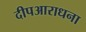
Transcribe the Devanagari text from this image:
दीपआराधना